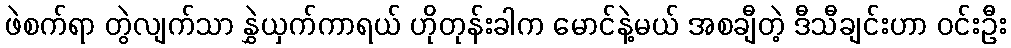
ဖဲစက်ရာ တွဲလျက်သာ နွှဲယှက်ကာရယ် ဟိုတုန်းခါက မောင်နဲ့မယ် အစချီတဲ့ ဒီသီချင်းဟာ ဝင်းဦး